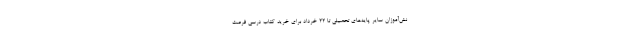
نش‌آموزان سایر پایه‌های تحصیلی تا ۲۲ خرداد برای خرید کتاب درسی فرصت